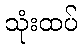
သုံးထပ်